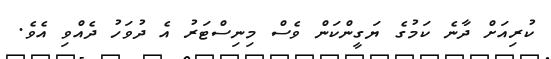
ކުރިއަށް ދާނެ ކަމުގެ ޔަގީންކަން ވެސް މިނިސްޓަރު އެ ދުވަހު ދެއްވި އެވެ.